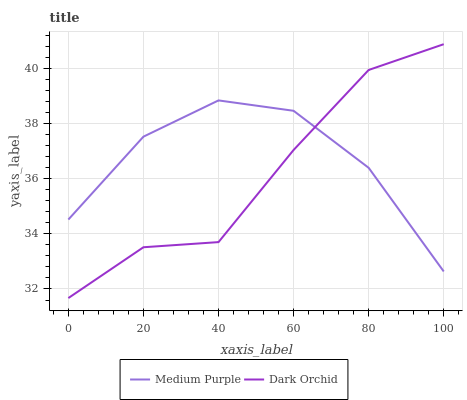
| xaxis_label | Medium Purple | Dark Orchid |
 | --- | --- | --- |
 | 0 | 34.5 | 31.7 |
 | 20 | 37.5 | 33.5 |
 | 40 | 38.8 | 33.7 |
 | 60 | 38.5 | 37 |
 | 80 | 36.4 | 39.9 |
 | 100 | 32.6 | 40.9 |